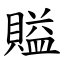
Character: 賹